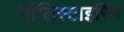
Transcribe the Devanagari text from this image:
पॉलिस्टाइरिन